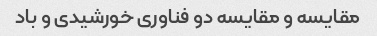
مقایسه و مقایسه دو فناوری خورشیدی و باد